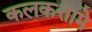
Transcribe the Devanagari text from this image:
कलकत्तामे